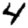
Digit: 4